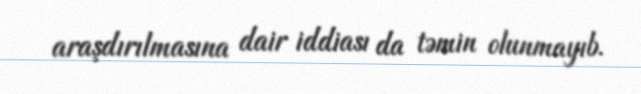
araşdırılmasına dair iddiası da təmin olunmayıb.